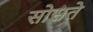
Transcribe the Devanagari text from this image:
सोसते